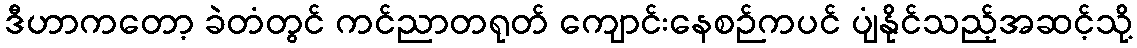
ဒီဟာကတော့ ခဲတံတွင် ကင်ညာတရုတ် ကျောင်းနေစဉ်ကပင် ပျံနိုင်သည့်အဆင့်သို့